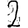
Digit: 2